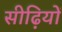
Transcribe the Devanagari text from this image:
सीढ़ियों